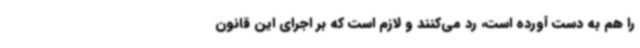
را هم به دست آورده است، رد می‌کنند و لازم است که بر اجرای این قانون